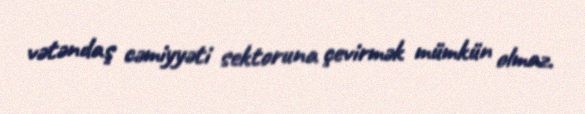
vətəndaş cəmiyyəti sektoruna çevirmək mümkün olmaz.